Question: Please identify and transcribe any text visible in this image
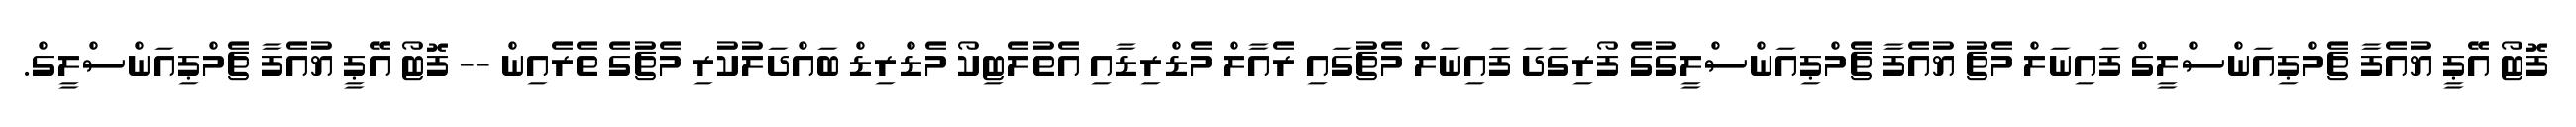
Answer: ފޮޓޯ އޭޕީ ޔުއެފާ ޗެމްޕިއަންސްލީގް ފައިނަލް މެޗު ޔުއެފާ ޗެމްޕިއަންސްލީގުގެ ފޯރިގަދަ ފައިނަލް މެޗުގައި ރެއާލް މެޑްރިޑާއި އެތުލެޓިކޯ މެޑްރިޑް ބައްދަލުކުރި މެޗުގެ ތެރެއިން -- ފޮޓޯ އޭޕީ ޔުއެފާ ޗެމްޕިއަންސްލީގް.